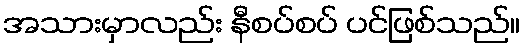
အသားမှာလည်း နီစပ်စပ် ပင်ဖြစ်သည်။